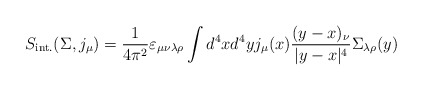
\begin{align*}S_{\rm int.}(\Sigma, j_\mu)=\frac{1}{4\pi^2}\varepsilon_{\mu\nu\lambda\rho}\int d^4xd^4y j_\mu(x)\frac{(y-x)_\nu}{|y-x|^4}\Sigma_{\lambda\rho}(y)\end{align*}